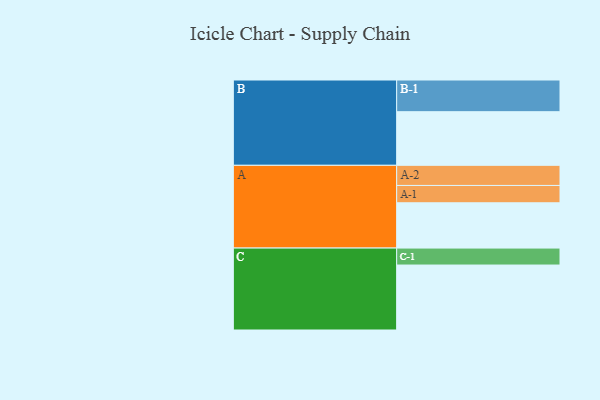
{"axis": {"x": "Segment", "y": "Value"}, "legend": ["", "A", "B", "C"], "data": [{"x": "A", "y": 387, "type": ""}, {"x": "B", "y": 458, "type": ""}, {"x": "C", "y": 555, "type": ""}, {"x": "A-1", "y": 148, "type": "A"}, {"x": "A-2", "y": 172, "type": "A"}, {"x": "B-1", "y": 271, "type": "B"}, {"x": "C-1", "y": 145, "type": "C"}]}